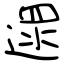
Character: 遝